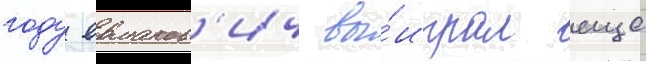
году ермаков'ич вы́играл еще